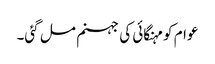
عوام کو مہنگائی کی جہنم مل گئی۔